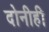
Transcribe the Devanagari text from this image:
दोनीही